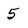
Character: 5